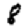
Digit: 8